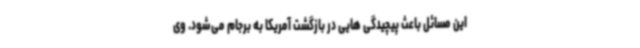
این مسائل باعث پیچیدگی هایی در بازگشت آمریکا به برجام می‌شود. وی